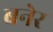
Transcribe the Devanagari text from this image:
बनेर